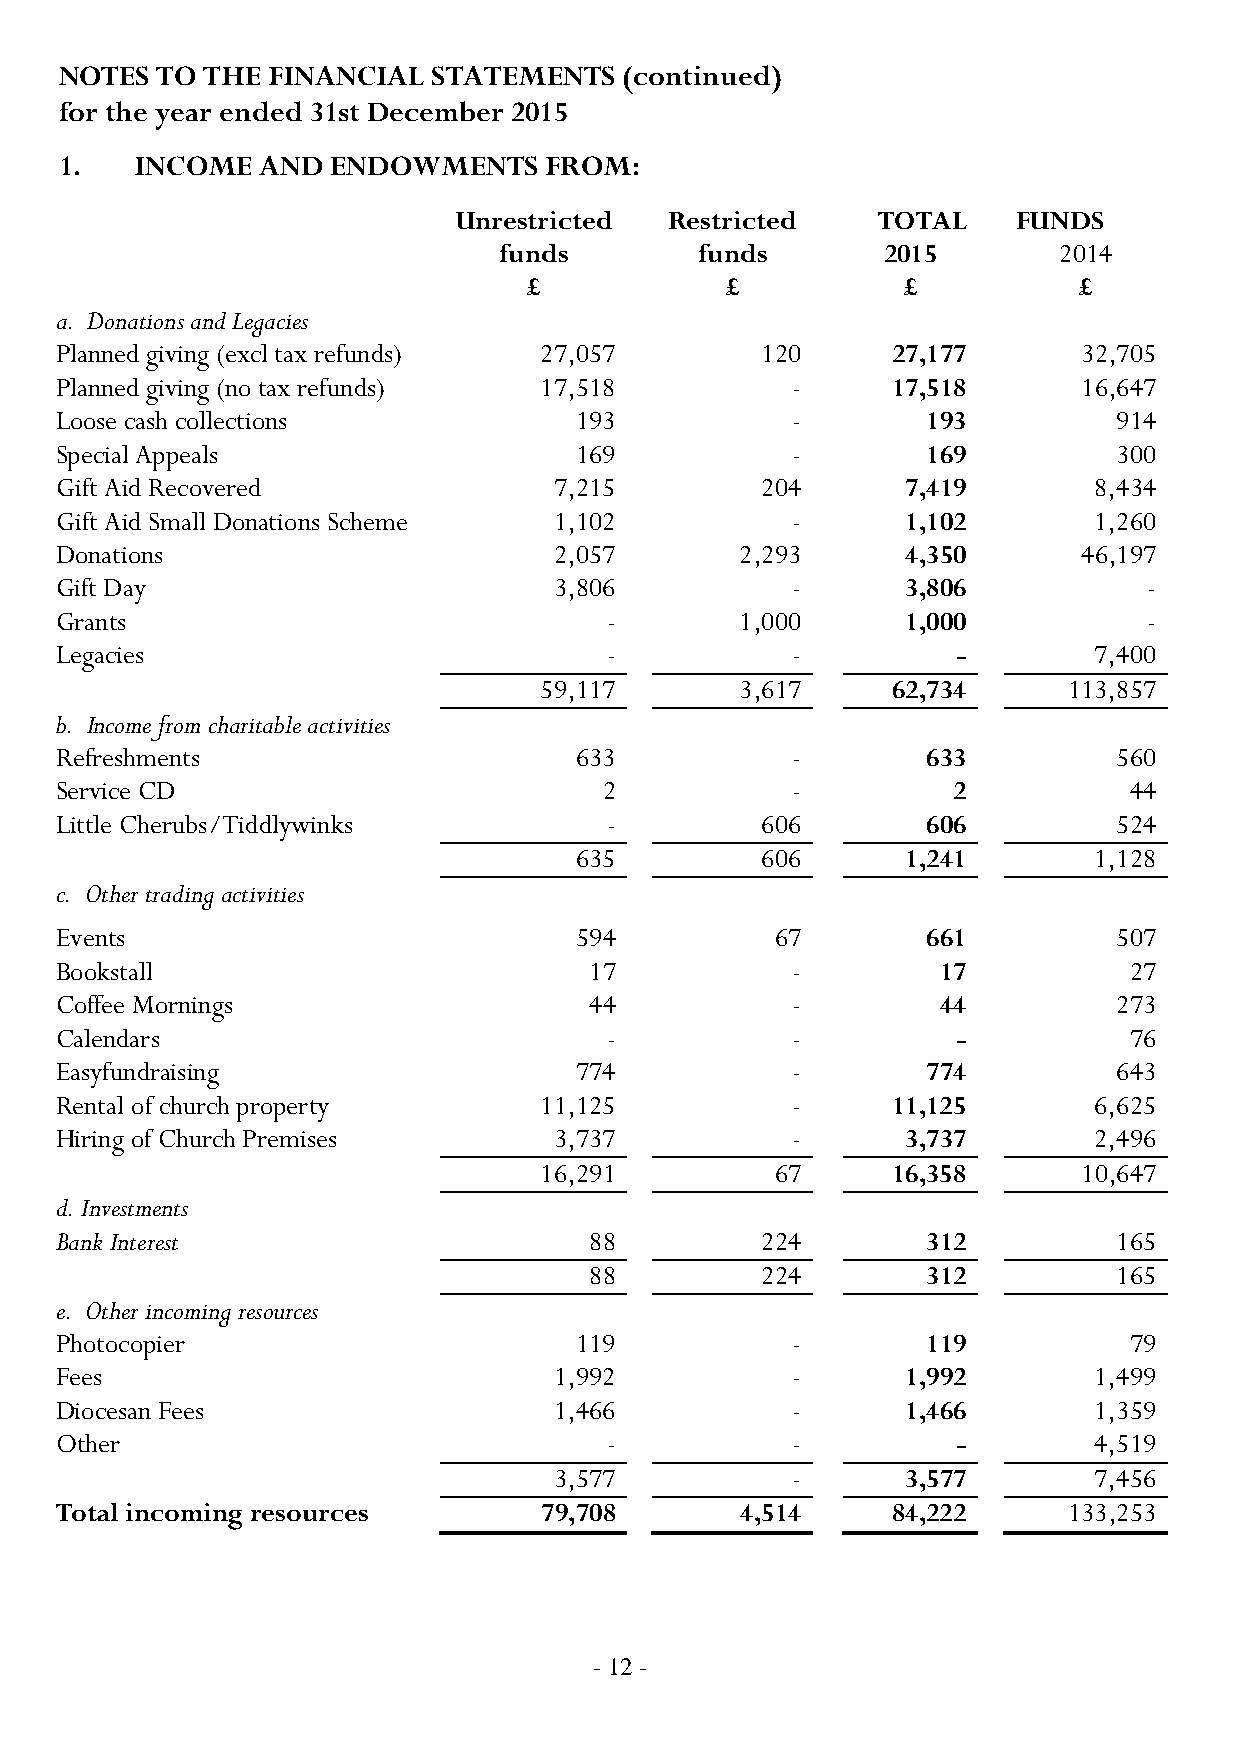
NOTES TO  THE FINANCIAL  STATEMENTS  (continued)
 for the year ended 31st December 2015
 1.   INCOME  AND  ENDOWMENTS    FROM:
 Unrestricted  Restricted    TOTAL    FUNDS
 funds        funds       2015        2014
 £            £           £          £
 a. Donations and Legacies
 Planned giving (excl tax refunds) 27,057      120      27,177       32,705
 Planned giving (no tax refunds) 17,518          -      17,518       16,647
 Loose cash collections            193           -        193          914
 Special Appeals                   1 6 9         -        1 6 9        3 0 0
 Gift Aid Recovered               7,215        204       7,419       8,434
 Gift Aid Small Donations Scheme  1,102          -       1,102       1,260
 Donations                        2,057       2,293      4,350       46,197
 Gift Day                         3,806          -       3,806           -
 Grants                              -        1,000      1,000           -
 Legacies                            -           -          -        7,400
 59,117       3,617     62,734      113,857
 b. Income from charitable activities
 Refreshments                      633           -        633          560
 Service CD                          2           -          2           44
 Little Cherubs/Tiddlywinks          -         606        606          524
 635         606       1,241       1,128
 c. Other trading activities
 Events                            594          67        661          507
 Bookstall                          17           -         17           27
 Coffee Mornings                    44           -         44          273
 Calendars                           -           -          -           76
 Easyfundraising                   774           -        774          643
 Rental of church property       11,125          -      11,125       6,625
 Hiring of Church Premises        3,737          -       3,737       2,496
 16,291         67      16,358       10,647
 d. Investments
 Bank Interest                      88         224        312          165
 88         224        312          165
 e. Other incoming resources
 Photocopier                       119           -        119           79
 Fees                             1,992          -       1,992       1,499
 Diocesan Fees                    1,466          -       1,466       1,359
 Other                               -           -          -        4,519
 3,577          -       3,577       7,456
 Total incoming resources        79,708       4,514     84,222      133,253
 - 12 -